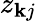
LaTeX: z_{\mathbf{k}j}